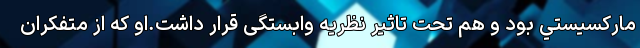
مارکسیستي بود و هم تحت تاثیر نظریه وابستگی قرار داشت.او كه از متفكران